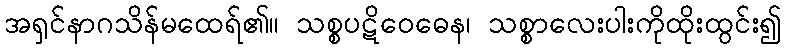
အရှင်နာဂသိန်မထေရ်၏။ သစ္စပဋိဝေဓေန၊ သစ္စာလေးပါးကိုထိုးထွင်း၍